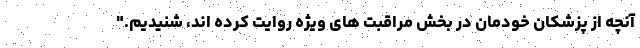
آنچه از پزشکان خودمان در بخش مراقبت های ویژه روایت کرده اند، شنیدیم."